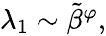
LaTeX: \begin{array}{r}{\lambda_{1}\sim\tilde{\beta}^{\varphi},}\end{array}